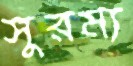
সুরম্য